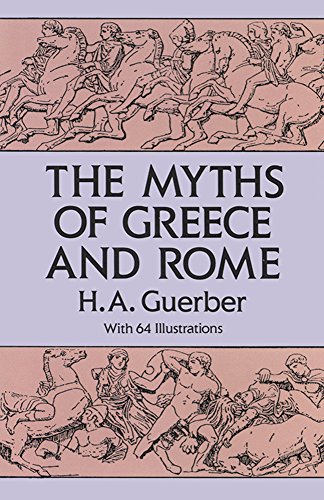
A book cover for The Myths of Greece and Rome (Anthropology & Folklore S); H. A. Guerber; History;